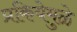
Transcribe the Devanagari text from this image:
प्रकियेमुळे